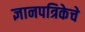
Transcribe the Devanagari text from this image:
ज्ञानपत्रिकेचे